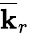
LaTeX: \overline{{\mathbf{k}}}_{r}